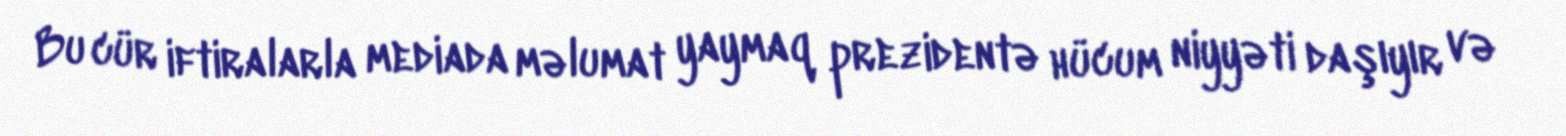
Bu cür iftiralarla mediada məlumat yaymaq prezidentə hücum niyyəti daşıyır və